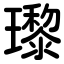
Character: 瓈